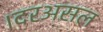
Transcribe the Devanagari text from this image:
।दरअसल